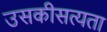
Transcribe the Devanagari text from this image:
उसकीसत्यता